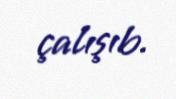
çalışıb.